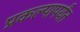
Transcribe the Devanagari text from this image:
प्रकल्पापर्यंत